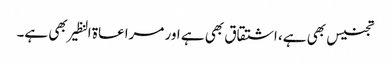
تجنیس بھی ہے، اشتقاق بھی ہے اور مراعاۃ النظیر بھی ہے۔